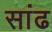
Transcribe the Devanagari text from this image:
सांढ